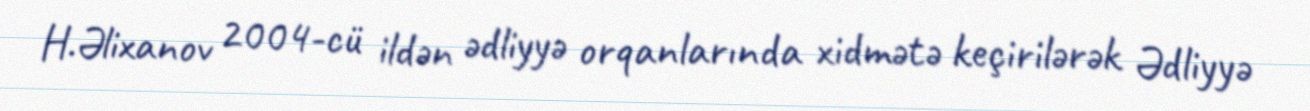
H.Əlixanov 2004-cü ildən ədliyyə orqanlarında xidmətə keçirilərək Ədliyyə